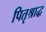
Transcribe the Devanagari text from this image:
पितृश्राद्ध